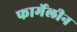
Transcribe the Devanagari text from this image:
फार्मेलीन